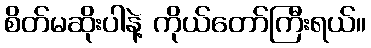
စိတ်မဆိုးပါနဲ့ ကိုယ်တော်ကြီးရယ်။